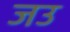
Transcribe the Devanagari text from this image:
जउ